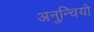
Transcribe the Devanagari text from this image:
अनुन्चियो